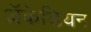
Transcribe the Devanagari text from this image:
अॅकेडियन